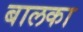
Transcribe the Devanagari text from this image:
बालका